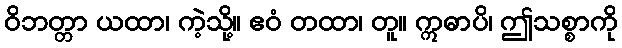
ဝိဘတ္တာ ယထာ၊ ကဲ့သို့။ ဧဝံ တထာ၊ တူ။ ဣဓာပိ၊ ဤသစ္စာကို